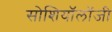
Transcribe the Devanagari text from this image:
सोशियॉलॉजी